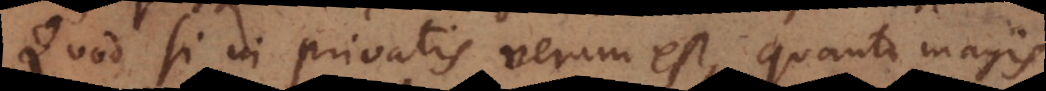
Quod si in privatis verum est, quanto magis